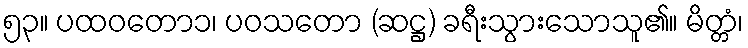
၅၃။ ပထဝတော၁၊ ပဝသတော (ဆဋ္ဌ) ခရီးသွားသောသူ၏။ မိတ္တံ၊